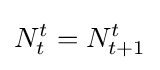
N_{t}^{t}=N_{t+1}^{t}